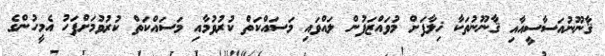
ޤާނޫނުއަސާސީއާއި ޤާނޫނުތަކާ ޚިލާފަށް މުވައްޒަފުން ލައްވައި މަސައްކަތް ކުރުވުމާއި މަސައްކަތް ކުރުވުމަށްފަހު އެމީހުންގެ